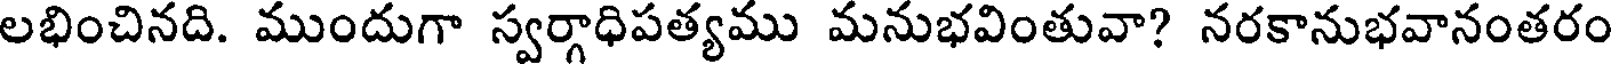
లభించినది. ముందుగా స్వర్గాధిపత్యము మనుభవింతువా? నరకానుభవానంతరం